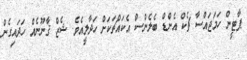
ޕާޓީން ހަމަޖައްސާ ޗެކް އެންޑް ބެލެންސް އެކައްޗަކަށް ހަދާލީއެވެ. ޝެޒް ޤާނޫނެއް ހަދައިގެން